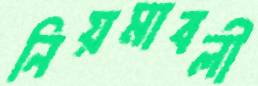
নিয়মাবলী